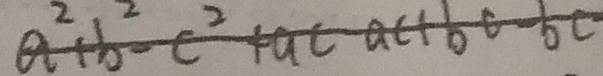
a ^ { 2 } + b ^ { 2 } - c ^ { 2 } + a c - a c + b c - b c